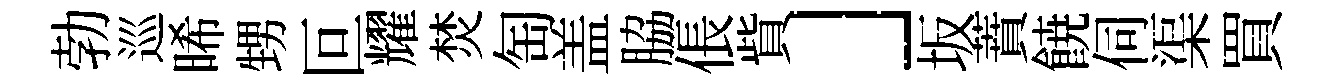
勃巡晞甥叵耀焚匋盖脇倀貲」坂蕡𩜙伺渠買